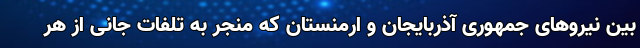
بین نیروهای جمهوری آذربایجان و ارمنستان که منجر به تلفات جانی از هر